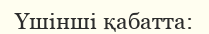
Үшінші қабатта: